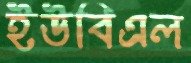
ইউবিএল